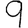
Digit: 9